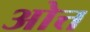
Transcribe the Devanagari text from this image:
ओत्त